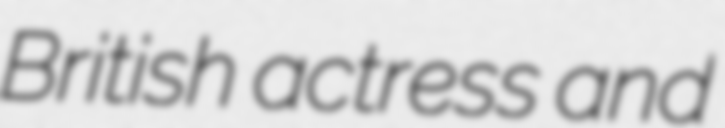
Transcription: British actress and